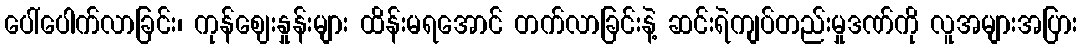
ပေါ်ပေါက်လာခြင်း၊ ကုန်ဈေးနှုန်းများ ထိန်းမရအောင် တက်လာခြင်းနဲ့ ဆင်းရဲကျပ်တည်းမှုဒဏ်ကို လူအများအပြား